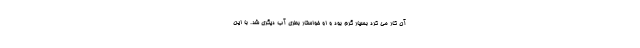
آن کار می کرد بسیار گرم بود و او خواستار بطری آب دیگری شد. با این